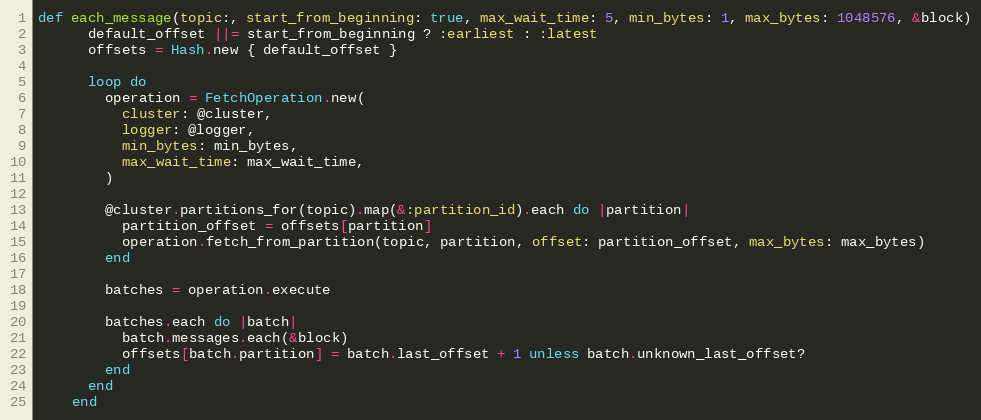
Language: Ruby
def each_message(topic:, start_from_beginning: true, max_wait_time: 5, min_bytes: 1, max_bytes: 1048576, &block)
      default_offset ||= start_from_beginning ? :earliest : :latest
      offsets = Hash.new { default_offset }

      loop do
        operation = FetchOperation.new(
          cluster: @cluster,
          logger: @logger,
          min_bytes: min_bytes,
          max_wait_time: max_wait_time,
        )

        @cluster.partitions_for(topic).map(&:partition_id).each do |partition|
          partition_offset = offsets[partition]
          operation.fetch_from_partition(topic, partition, offset: partition_offset, max_bytes: max_bytes)
        end

        batches = operation.execute

        batches.each do |batch|
          batch.messages.each(&block)
          offsets[batch.partition] = batch.last_offset + 1 unless batch.unknown_last_offset?
        end
      end
    end